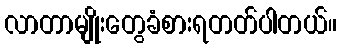
လာတာမျိုးတွေခံစားရတတ်ပါတယ်။